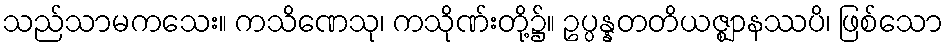
သည်သာမကသေး။ ကသိဏေသု၊ ကသိုဏ်းတို့၌။ ဥပ္ပန္နတတိယဇ္ဈာနဿပိ၊ ဖြစ်သော